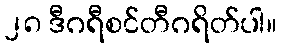
၂၈ ဒီဂရီစင်တီဂရိတ်ပါ။